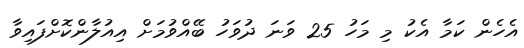
އެހެން ކަމާ އެކު މި މަހު 25 ވަނަ ދުވަހު ބޭއްވުމަށް އިއުލާންކޮށްފައިވާ